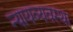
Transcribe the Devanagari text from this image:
न्‍यायव्‍यवस्‍था